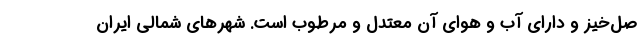
صل‌خیز و دارای آب و هوای آن معتدل و مرطوب است. شهرهای شمالی ایران